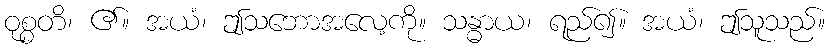
ဝုစ္စတိ၊ ၏။ အယံ၊ ဤသဘောအလေ့ကို။ သန္ဓာယ၊ ရည်၍။ အယံ၊ ဤသူသည်။